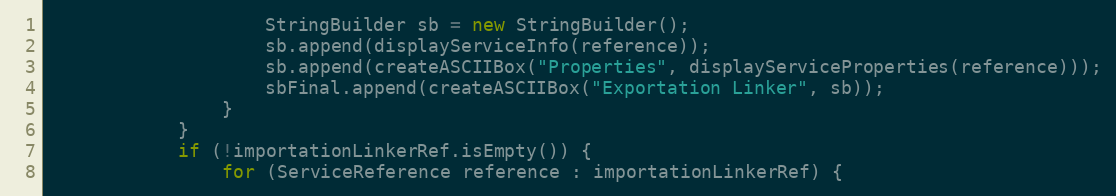
Language: Java
                    StringBuilder sb = new StringBuilder();
                    sb.append(displayServiceInfo(reference));
                    sb.append(createASCIIBox("Properties", displayServiceProperties(reference)));
                    sbFinal.append(createASCIIBox("Exportation Linker", sb));
                }
            }
            if (!importationLinkerRef.isEmpty()) {
                for (ServiceReference reference : importationLinkerRef) {